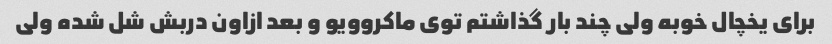
برای یخچال خوبه ولی چند بار گذاشتم توی ماکروویو و بعد ازاون دربش شل شده ولی